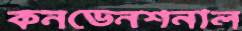
কনভেনশনাল